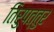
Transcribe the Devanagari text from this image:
तिरुपत्तुर